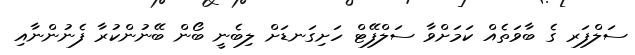
ސަލްފަރ ގެ ބާވަތެއް ކަމަށްވާ ސަލްފޭޓް ހަށިގަނޑަށް ލިބެނީ ބޯން ބޭނުންކުރާ ފެނުންނާއި